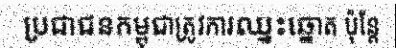
ប្រជាជនកម្ពុជាត្រូវការឈ្នះឆ្នោត ប៉ុន្តែ